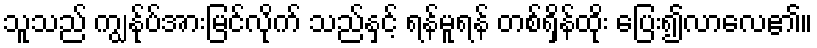
သူသည် ကျွန်ုပ်အားမြင်လိုက် သည်နှင့် ရန်မူရန် တစ်ရှိန်ထိုး ပြေး၍လာလေ၏။